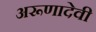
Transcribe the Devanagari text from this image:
अरूणादेवी